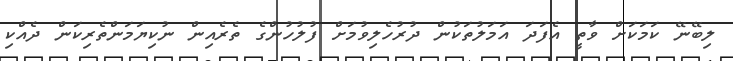
ލިބޭނޭ ކަމަކަށް ވާތީ އެފަދަ އަމަލުތަކުން ދުރުހެލިވުމަށް ފުލުހުންގެ ތެރެއިން ނުކިޔަމަންތެރިކަން ދެއްކި